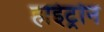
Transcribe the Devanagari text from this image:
हाईट्रोन